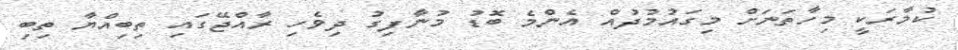
ކުމާރަކީ މިހާތަނަށް މިގައުމުދުއް އެންމެ ބޮޑު މުނާފިގު ދިވެހި ރާއްޖޭގައި ތިބިއްޔާ ތިބި